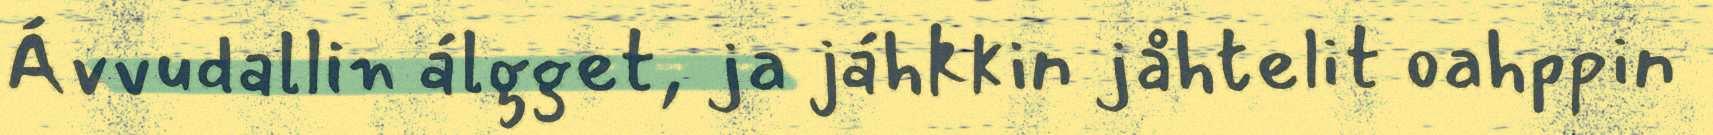
Ávvudallin álgget, ja jáhkkin jåhtelit oahppin